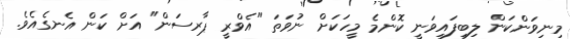
މިނިވަންކަން ލިބިފައިވަނީ ކޮންމެ މީހަކަށް ނުވަތަ "އެވްރީ ޕާރސަން" އަށް ކަން އެނގެއެވެ.